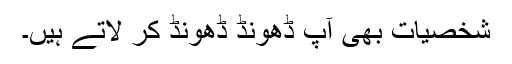
شخصیات بھی آپ ڈھونڈ ڈھونڈ کر لاتے ہیں۔